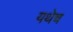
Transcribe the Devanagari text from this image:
यथेच